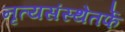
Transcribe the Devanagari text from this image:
नृत्यसंस्थेतर्फे